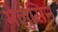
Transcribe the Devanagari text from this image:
मेलुसिन